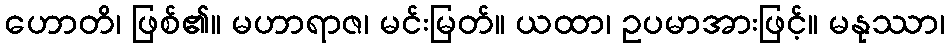
ဟောတိ၊ ဖြစ်၏။ မဟာရာဇ၊ မင်းမြတ်။ ယထာ၊ ဥပမာအားဖြင့်။ မနုဿာ၊